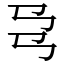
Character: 𢎙